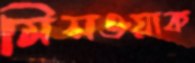
মিসওয়াক